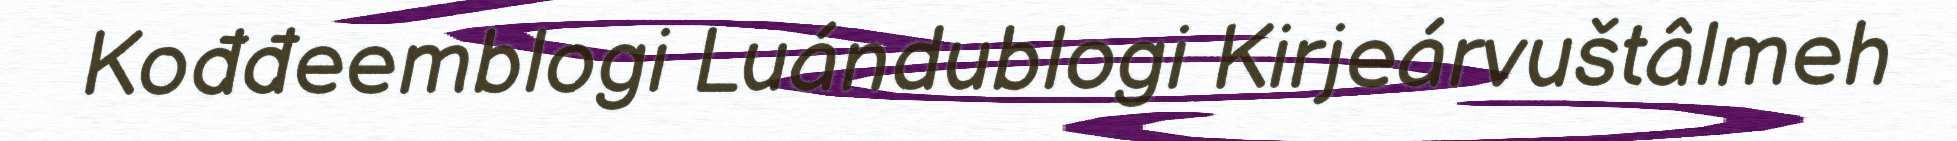
Kođđeemblogi Luándublogi Kirjeárvuštâlmeh